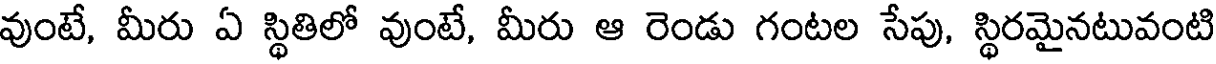
వుంటే, మీరు ఏ స్థితిలో వుంటే, మీరు ఆ రెండు గంటల సేపు, స్థిరమైనటువంటి